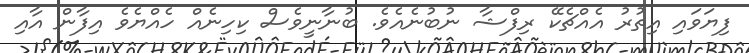
ފިޔަވައި އިތުރު އެއްޗެކޭ ރިފްޝާ ނުބުނެއެވެ. ބުނާނީވެސް ކިހިނެއް ހެއްޔެވެ އިފާން އާއި